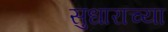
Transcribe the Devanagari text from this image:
सुधाराच्या